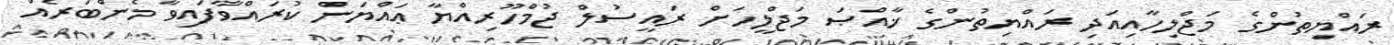
ރައްޔިތުންގެ މަޖްލިހާއިއަދި ރައްޔިތުންގެ ޚާއްޞަ މަޖްލީހަށް ރައީސުލް ޖުމްހޫރިއްޔާ ޢައްޔަން ކުރައްވާފައިވާ މެންބަރެއް